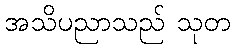
အသိပညာသည် သုတ